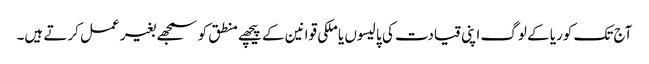
آج تک کوریا کے لوگ اپنی قیادت کی پالیسوں یا ملکی قوانین کے پیچھے منطق کو سمجھے بغیر عمل کرتے ہیں۔